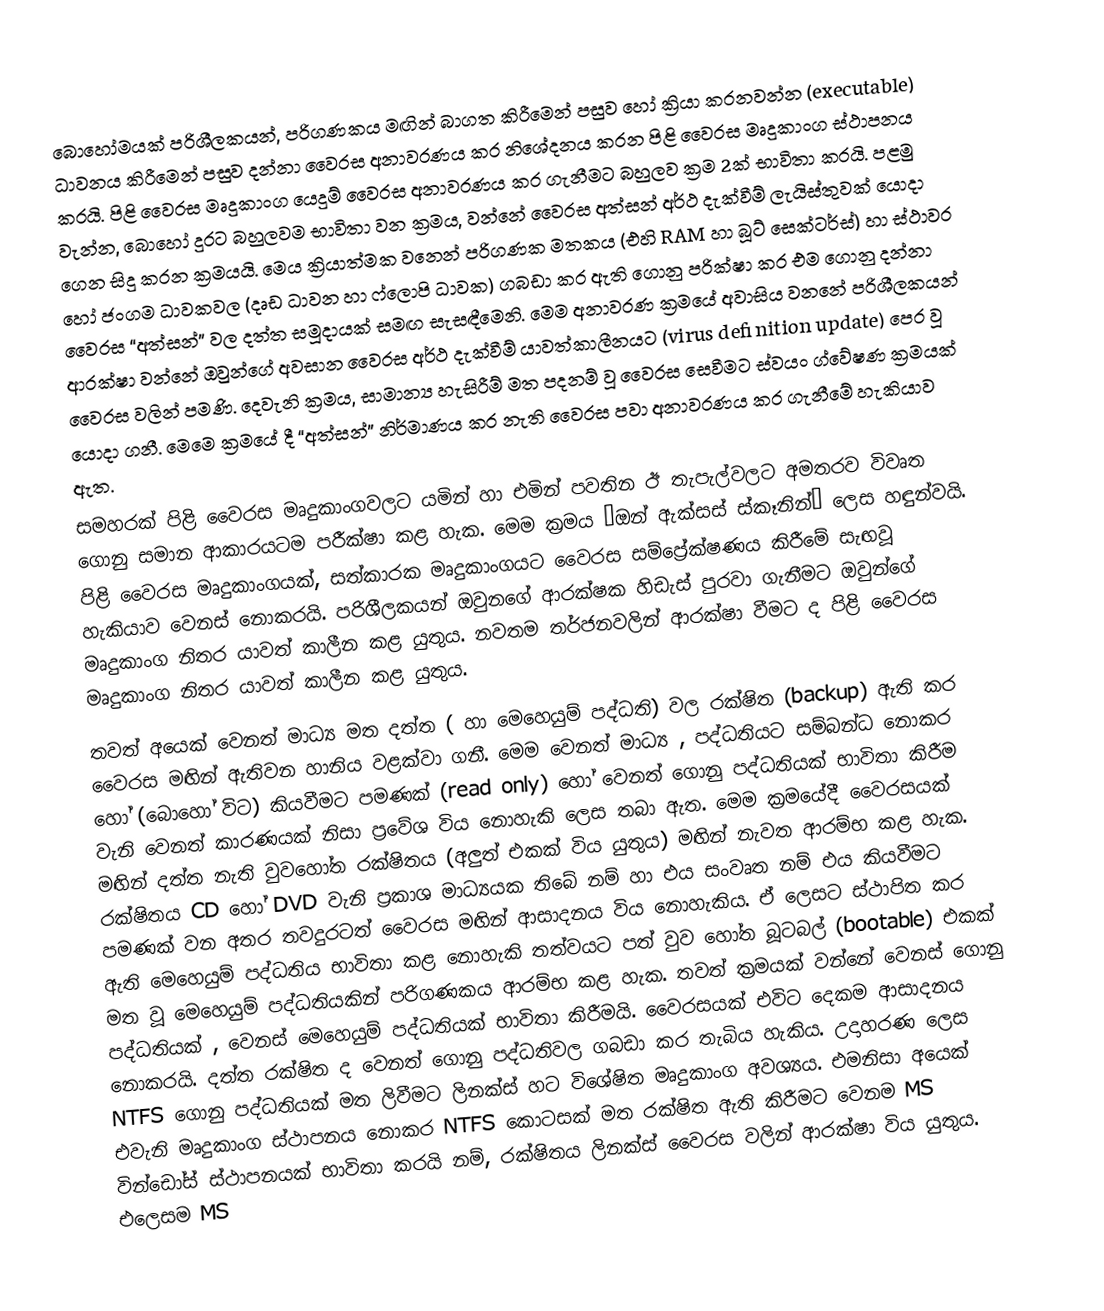
බොහෝමයක් පරිශීලකයන්, පරිගණකය මඟින් බාගත කිරීමෙන් පසුව හෝ ක්‍රියා කරනවන්න (executable) ධාවනය කිරීමෙන් පසුව දන්නා වෛරස අනාවරණය කර නිශේදනය කරන පිළි වෛරස මෘදුකාංග ස්ථාපනය කරයි. පිළි වෛරස මෘදුකාංග යෙදුම් වෛරස අනාවරණය කර ගැනීමට බහුලව ක්‍රම 2ක් භාවිතා කරයි. පළමු වැන්න, බොහෝ දුරට බහුලවම භාවිතා වන ක්‍රමය, වන්නේ වෛරස අත්සන් අර්ථ දැක්වීම් ලැයිස්තුවක් යොදා ගෙන සිදු කරන ක්‍රමයයි. මෙය ක්‍රියාත්මක වන‍්නේ පරිගණක මතකය (එහි RAM හා බූට් සෙක්ටර්ස්) හා ස්ථාවර හෝ ජංගම ධාවකවල (දෘඩ ධාවන හා ෆ්ලොපි ධාවක) ගබඩා කර ඇති ගොනු පරික්ෂා කර එම ගොනු දන්නා වෛරස “අත්සන්” වල දත්ත සමූදායක් සමඟ සැසඳීමෙනි. මෙම අනාවරණ ක්‍රමයේ අවාසිය වනනේ පරිශීලකයන් ආරක්ෂා වන්නේ ඔවුන්ගේ අවසාන වෛරස අර්ථ දැක්වීම් යාවත්කාලීනයට (virus definition update) පෙර වූ වෛරස වලින් පමණි. දෙවැනි ක්‍රමය, සාමාන්‍ය හැසිරීම් මත පදනම් වූ වෛරස සෙවීමට ස්වයං ග්වේෂණ ක්‍රමයක් යොදා ගනී. මෙමෙ ක්‍රමයේ දී “අත්සන්” නිර්මාණය කර නැති වෛරස පවා අනාවරණය කර ගැනීමේ හැකියාව ඇත.
සමහරක් පිළි වෛරස මෘදුකාංගවලට යමින් හා එමින් පවතින ඊ තැපැල්වලට අමතරව විවෘත ගොනු සමාන ආකාරයටම පරීක්ෂා කළ හැක. මෙම ක්‍රමය “ඔන් ඇක්සස් ස්කෑනින්” ලෙස හඳුන්වයි. පිළි වෛරස මෘදුකාංගයක්, සත්කාරක මෘදුකාංගයට වෛරස සම්ප්‍රේක්ෂණය කිරීමේ සැඟවූ හැකියාව වෙනස් නොකරයි. පරිශීලකයන් ඔවුනගේ ආරක්ෂක හිඩැස් පුරවා ගැනීමට ඔවුන්ගේ මෘදුකාංග නිතර යාවත් කාලීන කළ යුතුය. නවතම තර්ජනවලින් ආරක්ෂා වීමට ද පිළි වෛරස මෘදුකාංග නිතර යාවත් කාලීන කළ යුතුය.
තවත් අයෙක් වෙනත් මාධ්‍ය මත දත්ත ( හා මෙහෙයුම් පද්ධති) වල රක්ෂිත  (backup) ඇති කර වෛරස මඟින් ඇතිවන හානිය වළක්වා ගනී. මෙම වෙනත් මාධ්‍ය , පද්ධතියට සම්බන්ධ නොකර හෝ ‍(බොහෝ විට) කියවීමට පමණක් (read only) හෝ වෙනත් ‍ගොනු පද්ධතියක් භාවිතා කිරීම වැනි වෙනත් කාරණයක් නිසා ප්‍රවේශ විය නොහැකි ලෙස තබා ඇත. මෙම ක්‍රමයේදී වෛරසයක් මඟින් දත්ත නැති වුවහෝත රක්ෂිතය (අලුත් එකක් විය යුතුය) මඟින් නැවත ආරම්භ කළ හැක. රක්ෂිතය CD හෝ DVD  වැනි ප්‍රකාශ මාධ්‍යයක තිබේ නම් හා එය සංවෘත නම් එය කියවීමට පමණක් වන අතර තවදුරටත් වෛරස මඟින් ආසාදනය විය නොහැකිය. ඒ ලෙසට ස්ථාපිත කර ඇති මෙහෙයුම් පද්ධතිය භාවිතා කළ නොහැකි තත්වයට පත් වුව හෝත බූටබල් (bootable)  එකක් මත වූ මෙහෙයුම් පද්ධතියකින් පරිගණකය ආරම්භ කළ හැක. තවත් ක්‍රමයක් වන්නේ වෙනස් ගොනු පද්ධතියක් , වෙනස් මෙහෙයුම් පද්ධතියක් භාවිතා කිරීමයි. වෛරසයක් එවිට දෙකම ආසාදනය නොකරයි. දත්ත රක්ෂිත ද වෙනත් ගොනු පද්ධතිවල ගබඩා කර තැබිය හැකිය. උදාහරණ ලෙස NTFS ගොනු පද්ධතියක් මත ලිවීමට ලිනක්ස් හට විශේෂිත මෘදුකාංග අවශ්‍යය. එමනිසා අයෙක් එවැනි මෘදුකාංග ස්ථාපනය නොකර NTFS කොටසක් මත රක්ෂිත ඇති කිරීමට වෙනම MS වින්ඩෝස් ස්ථාපනයක් භාවිතා කරයි නම්, රක්ෂිතය ලිනක්ස් වෛරස වලින් ආරක්ෂා විය යුතුය. එලෙසම MS